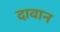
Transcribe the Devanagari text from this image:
दावान